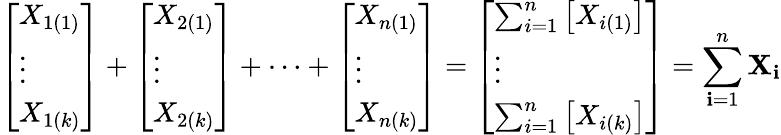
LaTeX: {\left[\begin{array}{l}{X_{1(1)}}\\ {\vdots}\\ {X_{1(k)}}\end{array}\right]}+{\left[\begin{array}{l}{X_{2(1)}}\\ {\vdots}\\ {X_{2(k)}}\end{array}\right]}+\cdots+{\left[\begin{array}{l}{X_{n(1)}}\\ {\vdots}\\ {X_{n(k)}}\end{array}\right]}={\left[\begin{array}{l}{\sum_{i=1}^{n}\left[X_{i(1)}\right]}\\ {\vdots}\\ {\sum_{i=1}^{n}\left[X_{i(k)}\right]}\end{array}\right]}=\sum_{\mathbf{i}=1}^{n}\mathbf{{X}}_{\mathbf{i}}